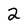
Character: 2